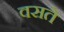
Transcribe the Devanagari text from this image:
वसते